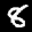
Label: 8